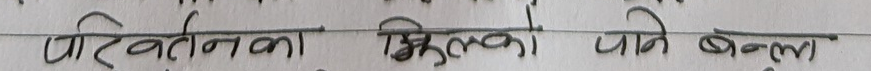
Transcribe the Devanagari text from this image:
परिवर्तनका मिल्को पाने बदला